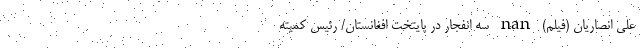
علی انصاریان (فیلم) nan سه انفجار در پایتخت افغانستان/ رئیس كميته